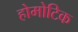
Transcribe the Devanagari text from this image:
होमोटिक